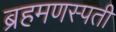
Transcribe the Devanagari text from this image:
ब्रहमणस्पती